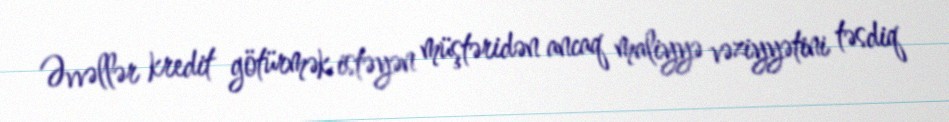
Əvvəllər kredit götürmək istəyən müştəridən ancaq maliyyə vəziyyətini təsdiq